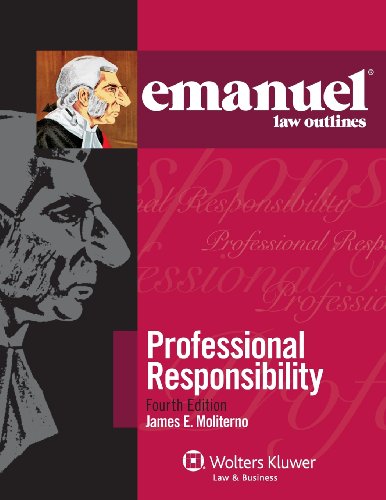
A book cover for Emanuel Law Outlines: Professional Responsibility, Fourth Edition; Steven L. Emanuel; Law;